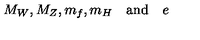
M _ { W } , M _ { Z } , m _ { f } , m _ { H } \quad \mathrm { a n d } \quad e